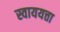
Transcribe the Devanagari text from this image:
स्वाययत्ता